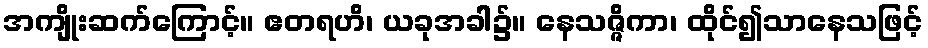
အကျိုးဆက်ကြောင့်။ ဧတရဟိ၊ ယခုအခါ၌။ နေသဇ္ဇိကာ၊ ထိုင်၍သာနေသဖြင့်